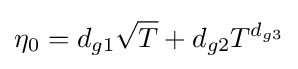
\eta _{0}=d_{g1}{\sqrt {T}}+d_{g2}T^{d_{g3}}